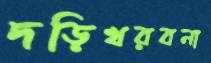
দড়িখরবনা